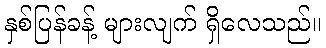
နှစ်ပြန်ခန့် များလျက် ရှိလေသည်။